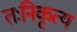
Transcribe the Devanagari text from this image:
तःनिकृत्य